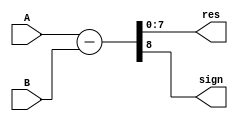
`timescale 1ns / 1ps
//////////////////////////////////////////////////////////////////////////////////
// Organisation: BITS Pilani KK Birla GOA CAMPUS 
// Role: Student
// Design Name: 
// Module Name: subtractor
// Project Name: 
// Target Devices: 
// Tool Versions: 
// Description: 
// 
// Dependencies: 
// 
// Revision:
// Revision 0.01 - File Created
// Additional Comments:
// 
//////////////////////////////////////////////////////////////////////////////////


module subtractor(
input [7:0] A,
input [7:0] B,
output [7:0] res,
output sign);

assign {sign, res} = A-B;
endmodule